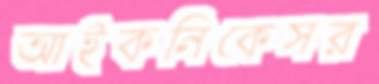
আইকনিকেসর